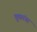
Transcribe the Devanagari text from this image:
चुकांना